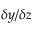
\delta y / \delta z